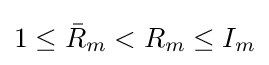
1\leq {\bar {R}}_{m}<R_{m}\leq I_{m}